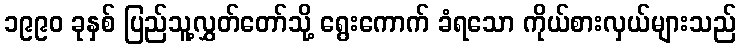
၁၉၉၀ ခုနှစ် ပြည်သူ့လွှတ်တော်သို့ ရွေးကောက် ခံရသော ကိုယ်စားလှယ်များသည်